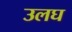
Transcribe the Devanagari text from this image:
उलघ